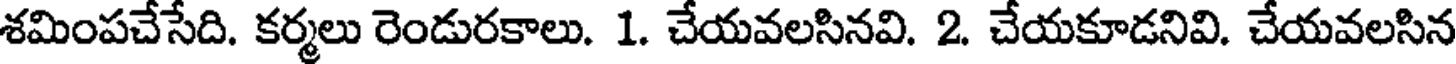
శమింపచేసేది. కర్మలు రెండురకాలు. 1. చేయవలసినవి. 2. చేయకూడనివి. చేయవలసిన